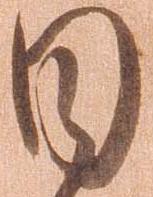
目